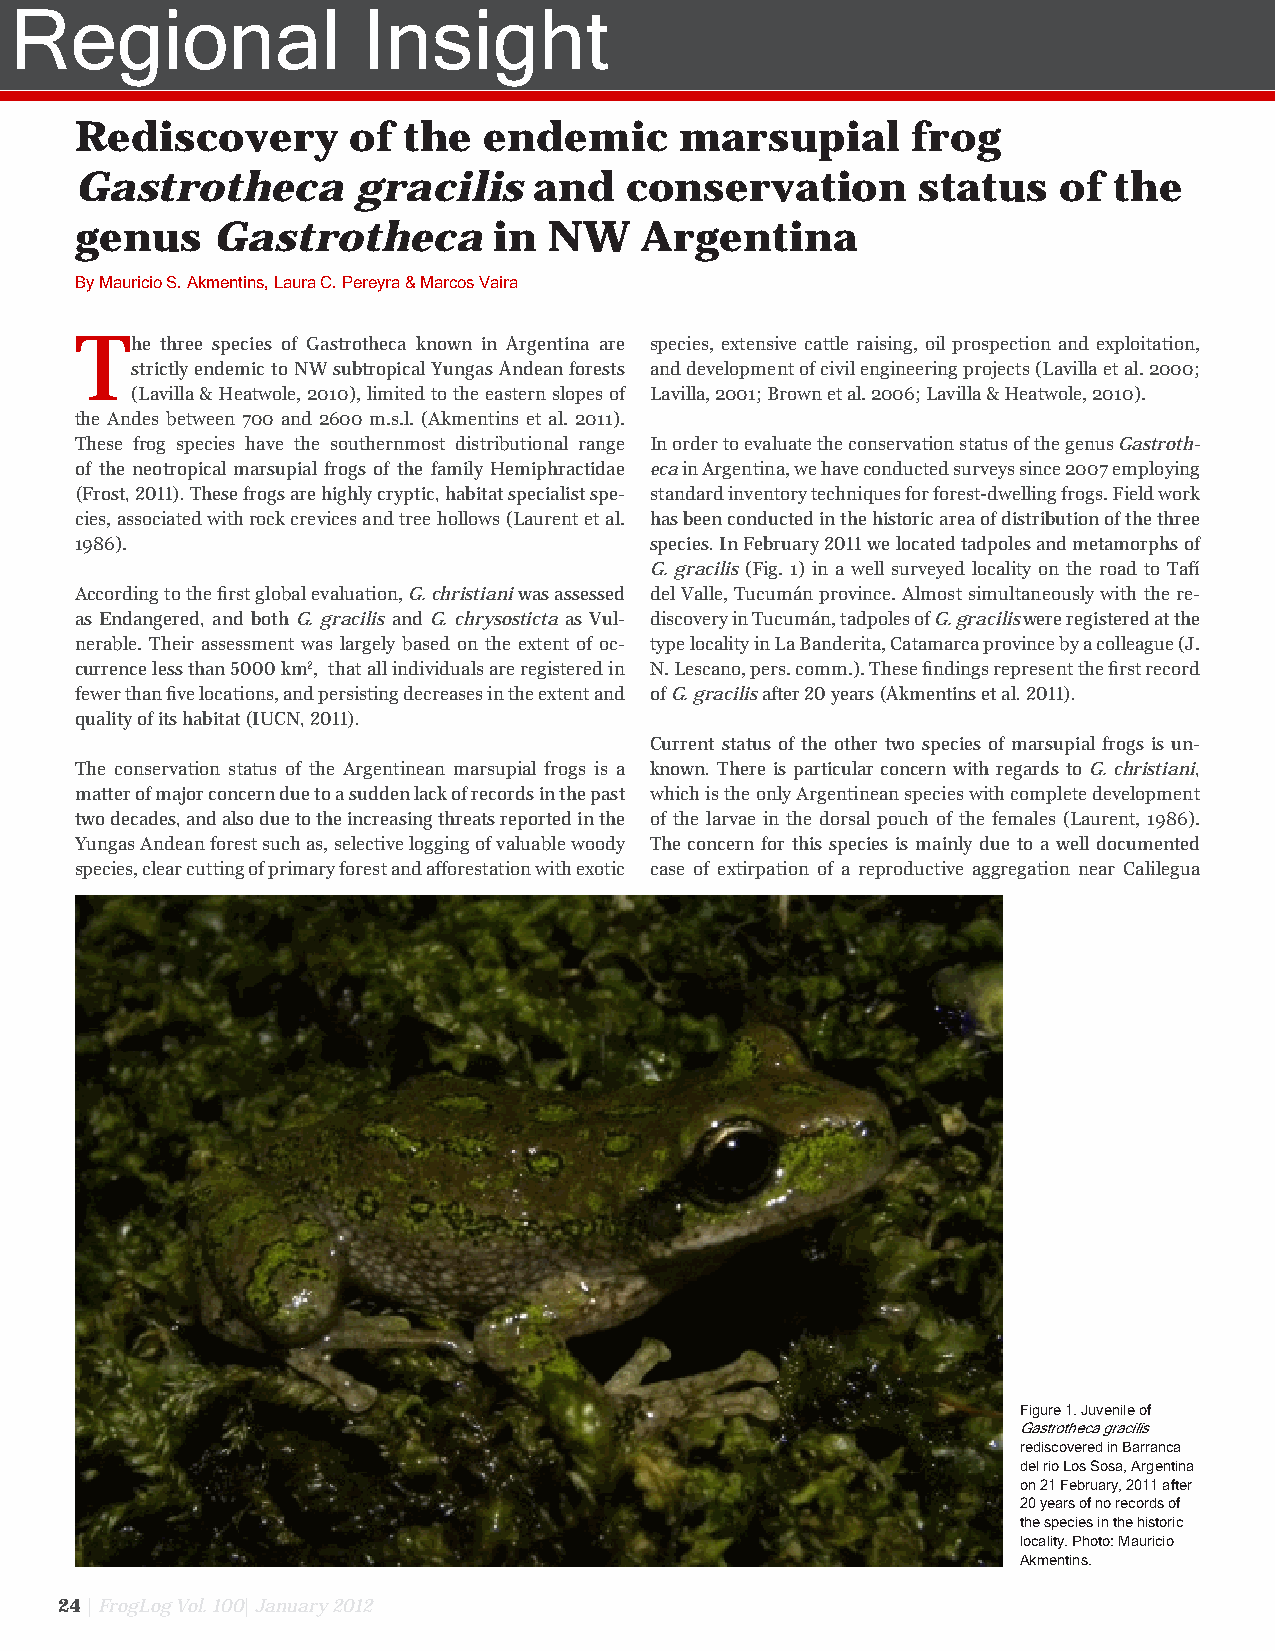
Regional               Insight
 Rediscovery       of  the  endemic      marsupial      frog
 Gastrotheca        gracilis   and   conservation        status   of  the
 genus    Gastrotheca        in NW    Argentina
 By Mauricio S. Akmentins, Laura C. Pereyra & Marcos Vaira
 Th  e three species of Gastrotheca known in Argentina are species, extensive cattle raising, oil prospection and exploitation,
 strictly endemic to NW subtropical Yungas Andean forests and development of civil engineering projects (Lavilla et al. 2000;
 (Lavilla & Heatwole, 2010), limited to the eastern slopes of Lavilla, 2001; Brown et al. 2006; Lavilla & Heatwole, 2010).
 the Andes between 700 and 2600 m.s.l. (Akmentins et al. 2011).
 These frog species have the southernmost distributional range In order to evaluate the conservation status of the genus Gastroth-
 of the neotropical marsupial frogs of the family Hemiphractidae eca in Argentina, we have conducted surveys since 2007 employing
 (Frost, 2011). These frogs are highly cryptic, habitat specialist spe- standard inventory techniques for forest-dwelling frogs. Field work
 cies, associated with rock crevices and tree hollows (Laurent et al. has been conducted in the historic area of distribution of the three
 1986).                                species. In February 2011 we located tadpoles and metamorphs of
 G. gracilis (Fig. 1) in a well surveyed locality on the road to Tafí
 According to the first global evaluation, G. christiani was assessed del Valle, Tucumán province. Almost simultaneously with the re-
 as Endangered, and both G. gracilis and G. chrysosticta as Vul- discovery in Tucumán, tadpoles of G. gracilis were registered at the
 nerable. Their assessment was largely based on the extent of oc- type locality in La Banderita, Catamarca province by a colleague (J.
 currence less than 5000 km2, that all individuals are registered in N. Lescano, pers. comm.). These findings represent the first record
 fewer than five locations, and persisting decreases in the extent and of G. gracilis after 20 years (Akmentins et al. 2011).
 quality of its habitat (IUCN, 2011).
 Current status of the other two species of marsupial frogs is un-
 The conservation status of the Argentinean marsupial frogs is a known. There is particular concern with regards to G. christiani,
 matter of major concern due to a sudden lack of records in the past which is the only Argentinean species with complete development
 two decades, and also due to the increasing threats reported in the of the larvae in the dorsal pouch of the females (Laurent, 1986).
 Yungas Andean forest such as, selective logging of valuable woody The concern for this species is mainly due to a well documented
 species, clear cutting of primary forest and afforestation with exotic case of extirpation of a reproductive aggregation near Calilegua
 Figure 1. Juvenile of
 Gastrotheca gracilis
 rediscovered in Barranca
 del rio Los Sosa, Argentina
 on 21 February, 2011 after
 20 years of no records of
 the species in the historic
 locality. Photo: Mauricio
 Akmentins.
 24 | FrogLog Vol. 100| January 2012